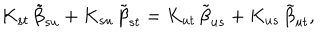
LaTeX: K _ { s t } \, { \tilde { \beta } } _ { s u } + K _ { s u } \, { \tilde { \beta } } _ { s t } = K _ { u t } \, { \tilde { \beta } } _ { u s } + K _ { u s } \, { \tilde { \beta } } _ { u t } ,